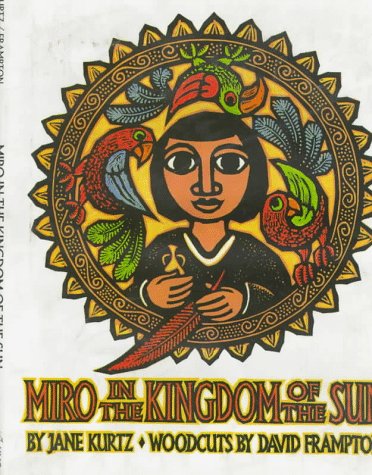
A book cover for Miro in the Kingdom of the Sun; Jane Kurtz; Children's Books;